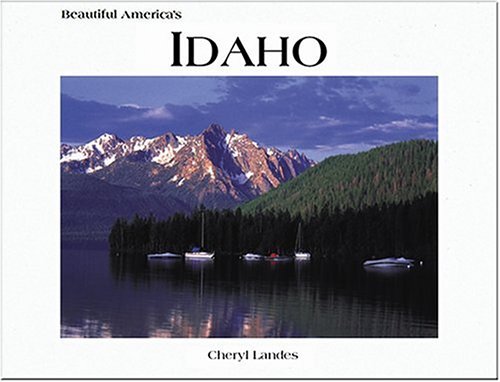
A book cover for Idaho (Beautiful America); Cheryl Landes; Travel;